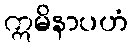
ဣမိနာပဟံ